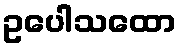
ဥပေါသထော